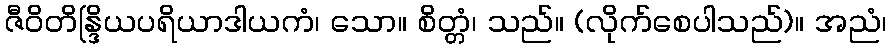
ဇီဝိတိန္ဒြိယပရိယာဒါယကံ၊ သော။ စိတ္တံ၊ သည်။ (လိုက်စေပါသည်)။ အညံ၊